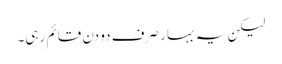
لیکن یہ بہار صرف دو دن قائم رہی۔